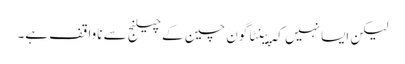
لیکن ایسا نہیں کہ پینٹاگون چین کے چیلنج سے ناواقف ہے۔